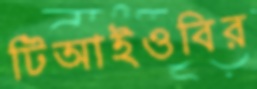
টিআইওবির